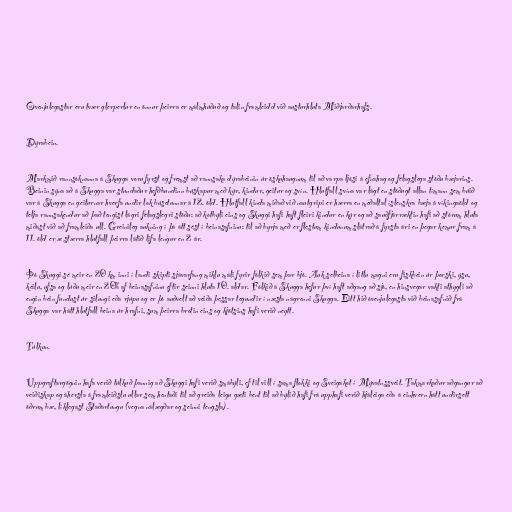
Óvenjulegastar eru tvær glerperlur en önnur þeirra er málmhúðuð og talin framleidd við austurhluta Miðjarðarhafs.

Dýrabein.

Markmið rannsóknanna á Skugga voru fyrst og fremst að rannsaka dýrabeinin úr öskuhaugnum til að varpa ljósi á efnahag og félagslega stöðu bæjarins.
Beinin sýna að á Skugga var stundaður hefðbundinn búskapur með kýr, kindur, geitur og svín. Hlutfall svína var lágt en stöðugt allan tímann sem búið
var á Skugga en geiturnar hverfa undir lok búsetunnar á 12. öld. Hlutfall kinda miðað við nautgripi er hærra en meðaltal íslenskra bæja á víkingaöld og
telja rannsakendur að það tengist lágri félagslegri stöðu: að kotbýli eins og Skuggi hafi haft fleiri kindur en kýr og að sauðfjárræktin hafi að stórum hluta
miðast við að framleiða ull. Greinileg aukning í þá átt sést í beinasafninu: til að byrja með er flestum kindunum slátrað á fyrsta ári en þegar kemur fram á
11. öld er æ stærra hlutfall þeirra látið lifa lengur en 2 ár.

Þó Skuggi sé meir en 20 km inni í landi skipti sjávarfang miklu máli fyrir fólkið sem þar bjó. Auk selbeina í litlu magni eru fiskbein úr þorski, ýsu,
keilu, ufsa og lúðu meir en 20% af beinasafninu eftir seinni hluta 10. aldar. Fólkið á Skugga hefur því haft aðgang að sjó, en hinsvegar vakti athygli að
engin bein fundust úr silungi eða rjúpu og er þó auðvelt að veiða þessar tegundir í næsta nágrenni Skugga. Eitt hið óvenjulegasta við beinasafnið frá
Skugga var hátt hlutfall beina úr hrafni, sum þeirra brotin eins og kjötsins hafi verið neytt.

Túlkun.

Uppgraftargögnin hafa verið túlkuð þannig að Skuggi hafi verið smábýli, ef til vill í sama flokki og Sveigakot í Mývatnssveit. Takmarkaður aðgangur að
veiðiskap og áhersla á framleiðslu ullar sem hentaði til að greiða leigu gæti bent til að býlið hafi frá upphafi verið hjáleiga eða á einhvern hátt undirsett
öðrum bæ, líklegast Staðartungu (vegna nálægðar og seinni tengsla).